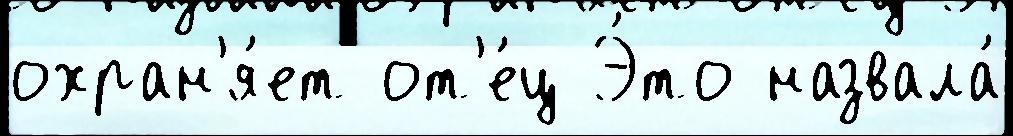
охран'я́ет от'е́ц Э́то назвала́